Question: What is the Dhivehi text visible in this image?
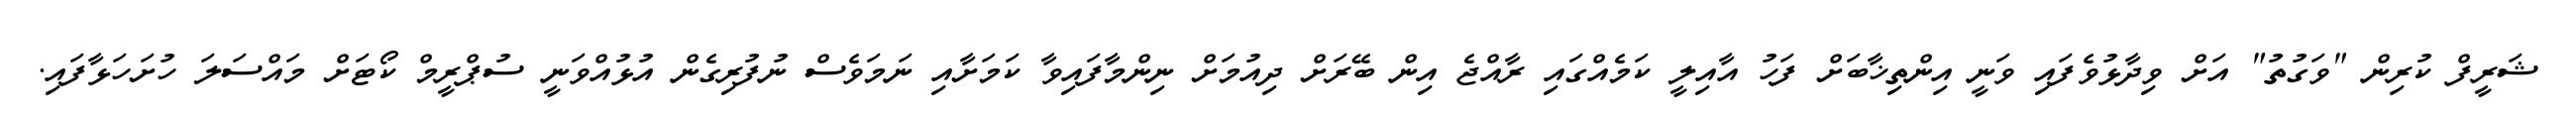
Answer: ޝަރީފް ކުރިން "ވަގުތު" އަށް ވިދާޅުވެފައި ވަނީ އިންތިޚާބަށް ފަހު އާއިލީ ކަމެއްގައި ރާއްޖެ އިން ބޭރަށް ދިއުމަށް ނިންމާފައިވާ ކަމަށާއި ނަމަވެސް ނުފުރިގެން އުޅުއްވަނީ ސުޕްރީމް ކޯޓަށް މައްސަލަ ހުށަހަޅާފައި.